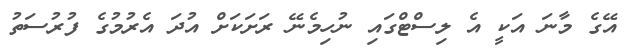
އޭގެ މާނަ އަކީ އެ ލިސްޓްގައި ނުހިމެނޭ ރަށަކަށް އުދަ އެރުމުގެ ފުރުސަތު